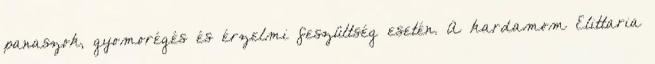
panaszok, gyomorégés és érzelmi feszültség esetén. A kardamom Elittaria